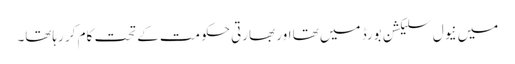
میں نیول سلیکشن بورڈ میں تھا اور بھارتی حکومت کے تحت کام کر رہاتھا۔